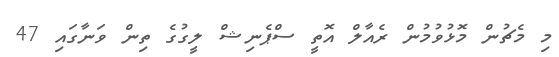
މި މެޗުން މޮޅުވުމުން ރެއާލް އޮތީ ސްޕެނިޝް ލީގުގެ ތިން ވަނާގައި 47